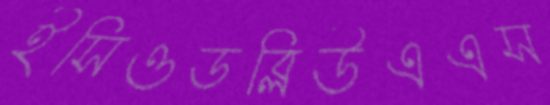
ইসিওডব্লিউএএস